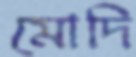
মোদি